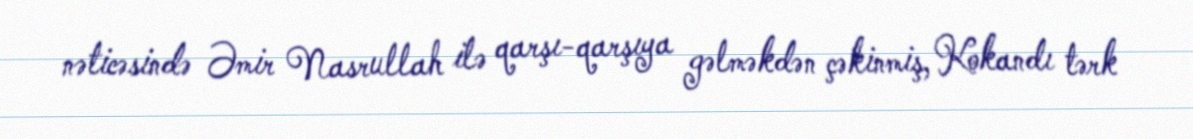
nəticəsində Əmir Nasrullah ilə qarşı-qarşıya gəlməkdən çəkinmiş, Kokandı tərk